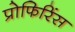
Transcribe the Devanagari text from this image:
प्रोफिरिंस